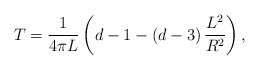
\begin{align*}T=\frac{1}{4\pi L}\left( d-1-\left( d-3\right) \frac{L^{2}}{R^{2}}\right) ,\end{align*}